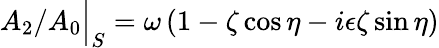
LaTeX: A_{2}/A_{0}\Big\vert_{S}=\omega\, (1-\zeta\cos{\eta}-i\epsilon\zeta\sin\eta)